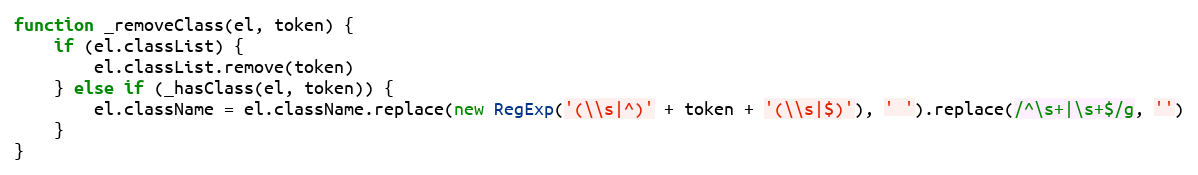
Language: JavaScript
function _removeClass(el, token) {
	if (el.classList) {
		el.classList.remove(token)
	} else if (_hasClass(el, token)) {
		el.className = el.className.replace(new RegExp('(\\s|^)' + token + '(\\s|$)'), ' ').replace(/^\s+|\s+$/g, '')
	}
}